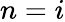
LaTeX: n=i